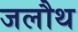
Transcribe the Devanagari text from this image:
जलौथ